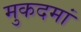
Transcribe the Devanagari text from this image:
मुकदमां